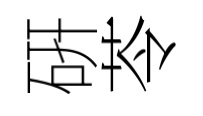
硏苓